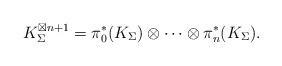
LaTeX: \begin{align*} K_{\Sigma}^{\boxtimes n+1}=\pi^*_0(K_\Sigma)\otimes\cdots\otimes\pi^*_n(K_\Sigma).\end{align*}